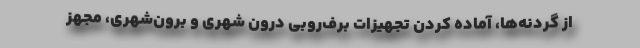
از گردنه‌ها، آماده کردن تجهیزات برف‌روبی درون شهری و برون‌شهری، مجهز